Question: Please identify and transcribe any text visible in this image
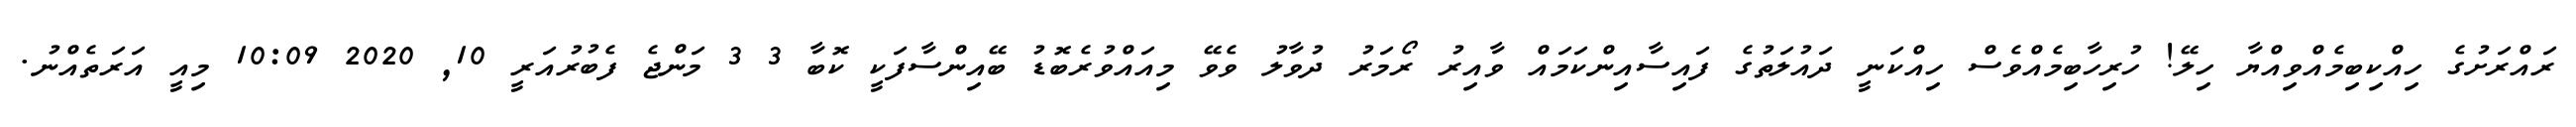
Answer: ރައްރަށުގެ ހިއްކިބިމެއްވިއްޔާ ހިލޭ! ހުރިހާބިމެއްވެސް ހިއްކަނީ ދައުލަތުގެ ފައިސާއިންކަމައް ވާއިރު ރޯމަރު ދުވާލު ވެވޭ މިއައްވުރެބޮޑު ބޭއިންސާފަކީ ކޮބާ 3 3 މަންޖެ ފެބުރުއަރީ 10, 2020 10:09 މިއީ އަރަތެއްނު.